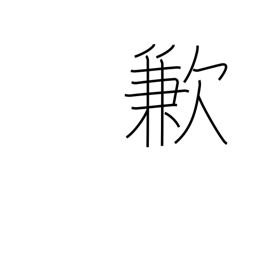
Meaning: insufficiency